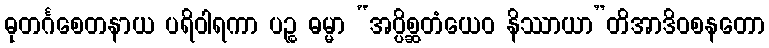
ဓုတင်္ဂစေတနာယ ပရိဝါရကာ ပဉ္စ ဓမ္မာ “အပ္ပိစ္ဆတံယေဝ နိဿာယာ”တိအာဒိဝစနတော